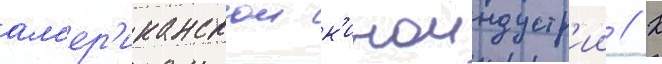
ам'ер'иканскои к'иноиндустр'ии // К